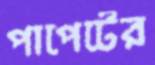
পাপেটের